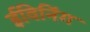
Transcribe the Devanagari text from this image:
ईविनिंग